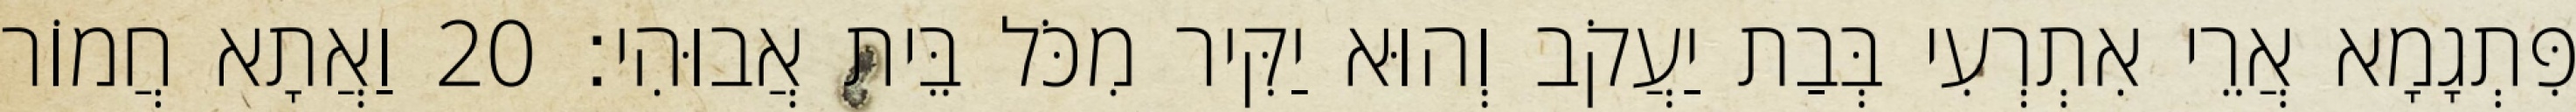
פִּתְגָמָא אֲרֵי אִתְרְעִי בְּבַת יַעֲקֹב וְהוּא יַקִּיר מִכֹּל בֵּית אֲבוּהִי׃ 20 וַאֲתָא חֲמוֹר